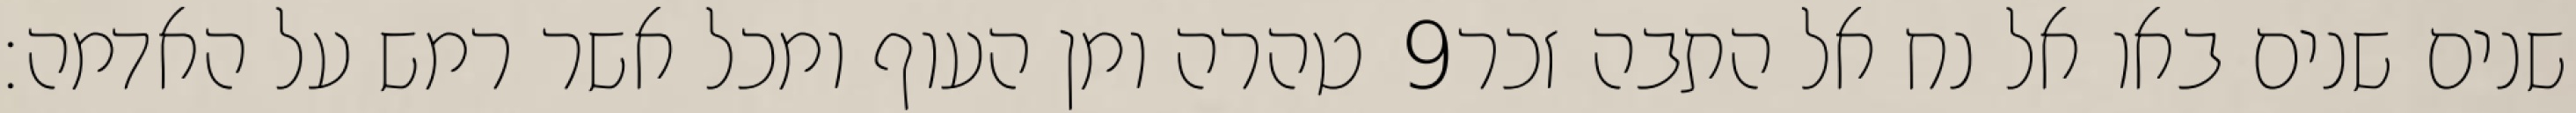
טהרה ומן העוף ומכל אשר רמש על האדמה׃ ‎9‏ שנים שנים באו אל נח אל התבה זכר